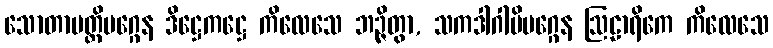
သောတာပတ္တိမဂ္ဂေန ဒိဋ္ဌေကဋ္ဌေ ကိလေသေ ဘဉ္ဇိတွာ, သကဒါဂါမိမဂ္ဂေန ဩဠာရိကေ ကိလေသေ